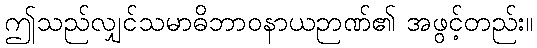
ဤသည်လျှင်သမာဓိဘာဝနာယဉာဏ်၏ အဖွင့်တည်း။